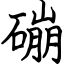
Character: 磞